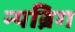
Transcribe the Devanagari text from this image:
न्यब्रिग